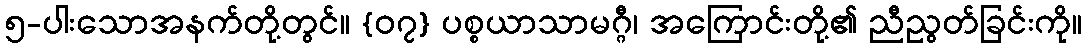
၅-ပါးသောအနက်တို့တွင်။ {၀၇} ပစ္စယာသာမဂ္ဂီ၊ အကြောင်းတို့၏ ညီညွတ်ခြင်းကို။